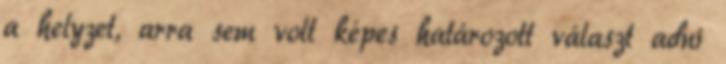
a helyzet, arra sem volt képes határozott választ adni